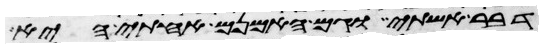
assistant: דבר אשתי וגם האמנם אחותי היא